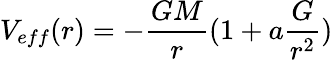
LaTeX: V_{eff}(r)=-{\frac{GM}{r}}(1+a{\frac{G}{r^{2}}})